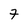
Character: 7